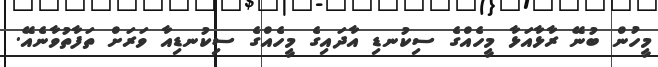
މީހުން ބުނޭ ރާޅާއަޅާ މީހެއްގެ ސިކުނޑި އާދައިގެ މީހެއްގެ ސިކުނޑިއާ ވަރަށް ތަފާތުވާނެއޭ.